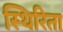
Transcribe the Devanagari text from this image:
स्थिरिता